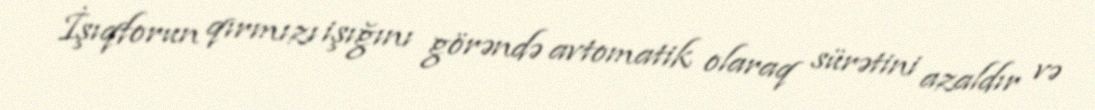
İşıqforun qırmızı işığını görəndə avtomatik olaraq sürətini azaldır və